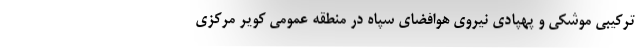
ترکیبی موشکی و پهپادی نیروی هوافضای سپاه در منطقه عمومی کویر مرکزی